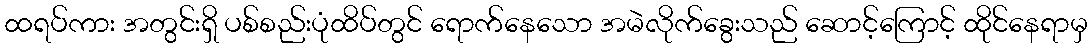
ထရပ်ကား အတွင်းရှိ ပစ်စည်းပုံထိပ်တွင် ရောက်နေသော အမဲလိုက်ခွေးသည် ဆောင့်ကြောင့် ထိုင်နေရာမှ